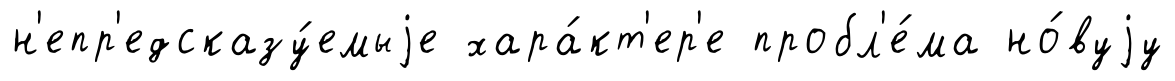
н'епр'едсказу́емыjе хара́кт'ер'е пробл'е́ма но́вуjу